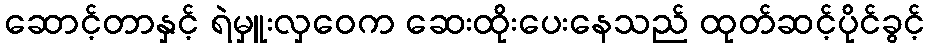
ဆောင့်တာနှင့် ရဲမှူးလှဝေက ဆေးထိုးပေးနေသည် ထုတ်ဆင့်ပိုင်ခွင့်